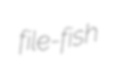
file-fish